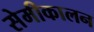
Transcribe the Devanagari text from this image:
सेमीकालन